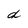
Character: d